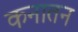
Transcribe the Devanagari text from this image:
कनातन